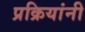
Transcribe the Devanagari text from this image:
प्रक्रियांनी